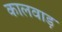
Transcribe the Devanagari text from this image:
कालवाड़